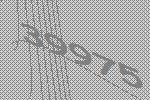
39975